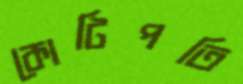
কোটিপতি